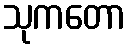
သုကတော